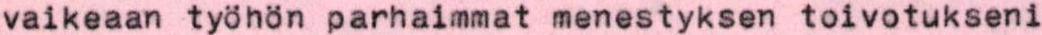
vaikeaan työhön parhaimmat menestyksen toivotukseni